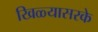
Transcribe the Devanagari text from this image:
खिळ्यासरके